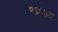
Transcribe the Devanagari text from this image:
२६८७अ